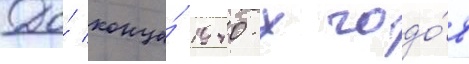
До́ конца́ 1940-х годо́в